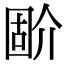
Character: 𡈅